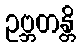
ဥဗ္ဘတန္တိ